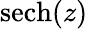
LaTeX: \operatorname{sech}(z)